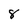
Character: 8